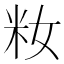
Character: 籹